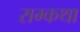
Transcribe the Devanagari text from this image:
राम्कथा